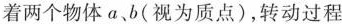
着两个物体 a、b (视为质点)，转动过程